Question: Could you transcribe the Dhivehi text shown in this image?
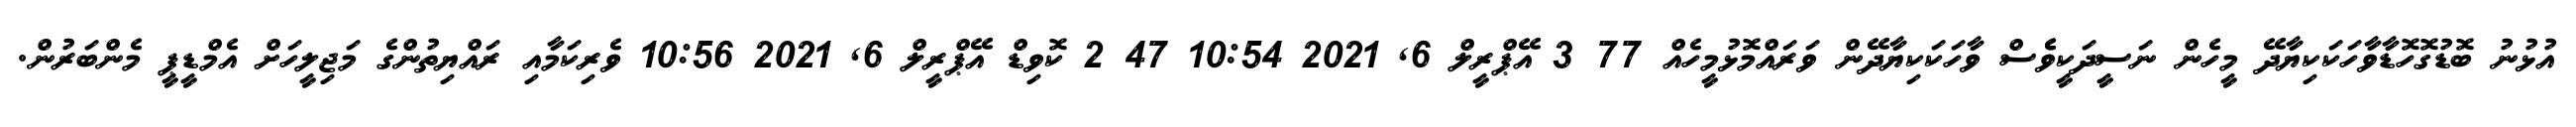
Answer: އުޅުނު ބޮޑުގޮހޮޑާވާހަކަކިޔާދޭ މީހެން ނަސީދަކީވެެސް ވާހަކަކިޔާދޭން ވަރައްމޮޅުމީހެއް 77 3 އޭޕްރީލް 6, 2021 10:54 47 2 ކޮވިޑް އޭޕްރީލް 6, 2021 10:56 ވެރިކަމާއި ރައްޔިތުންގެ މަޖިލީހަށް އެމްޑީޕީ މެންބަރުން.